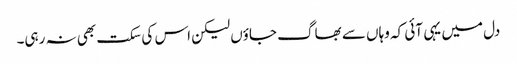
دل میں یہی آئی کہ وہاں سے بھاگ جاؤں لیکن اس کی سکت بھی نہ رہی۔